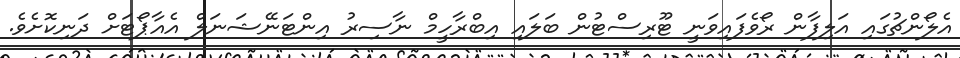
އެލޯންޗުގައި އަލިފާން ރޯވެފައިވަނީ ޓޫރިސްޓުން ބަލައި އިބްރާހީމް ނާސިރު އިންޓަނޭޝަނަލް އެއާޕޯޓަށް ދަނިކޮށެވެ.